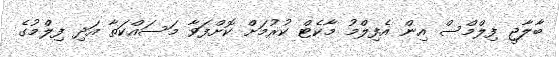
ބާލާޖީ ފިލްމްސް އިން އެފިލްމު މާކެޓް ކުރުމަށް ކޮށްފަވާ މަސައްކަތާ އަދި ފިލްމުގެ